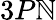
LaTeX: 3P\mathbb{N}